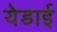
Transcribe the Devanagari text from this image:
येडाई